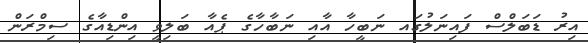
އިރު ޑަބަލްސް ފައިނަލުގައ ނަބީހާ އާއި ނަބާހާގެ ޕެއާ ބަލިވީ އިންޑިއާގެ ސިމްރަން